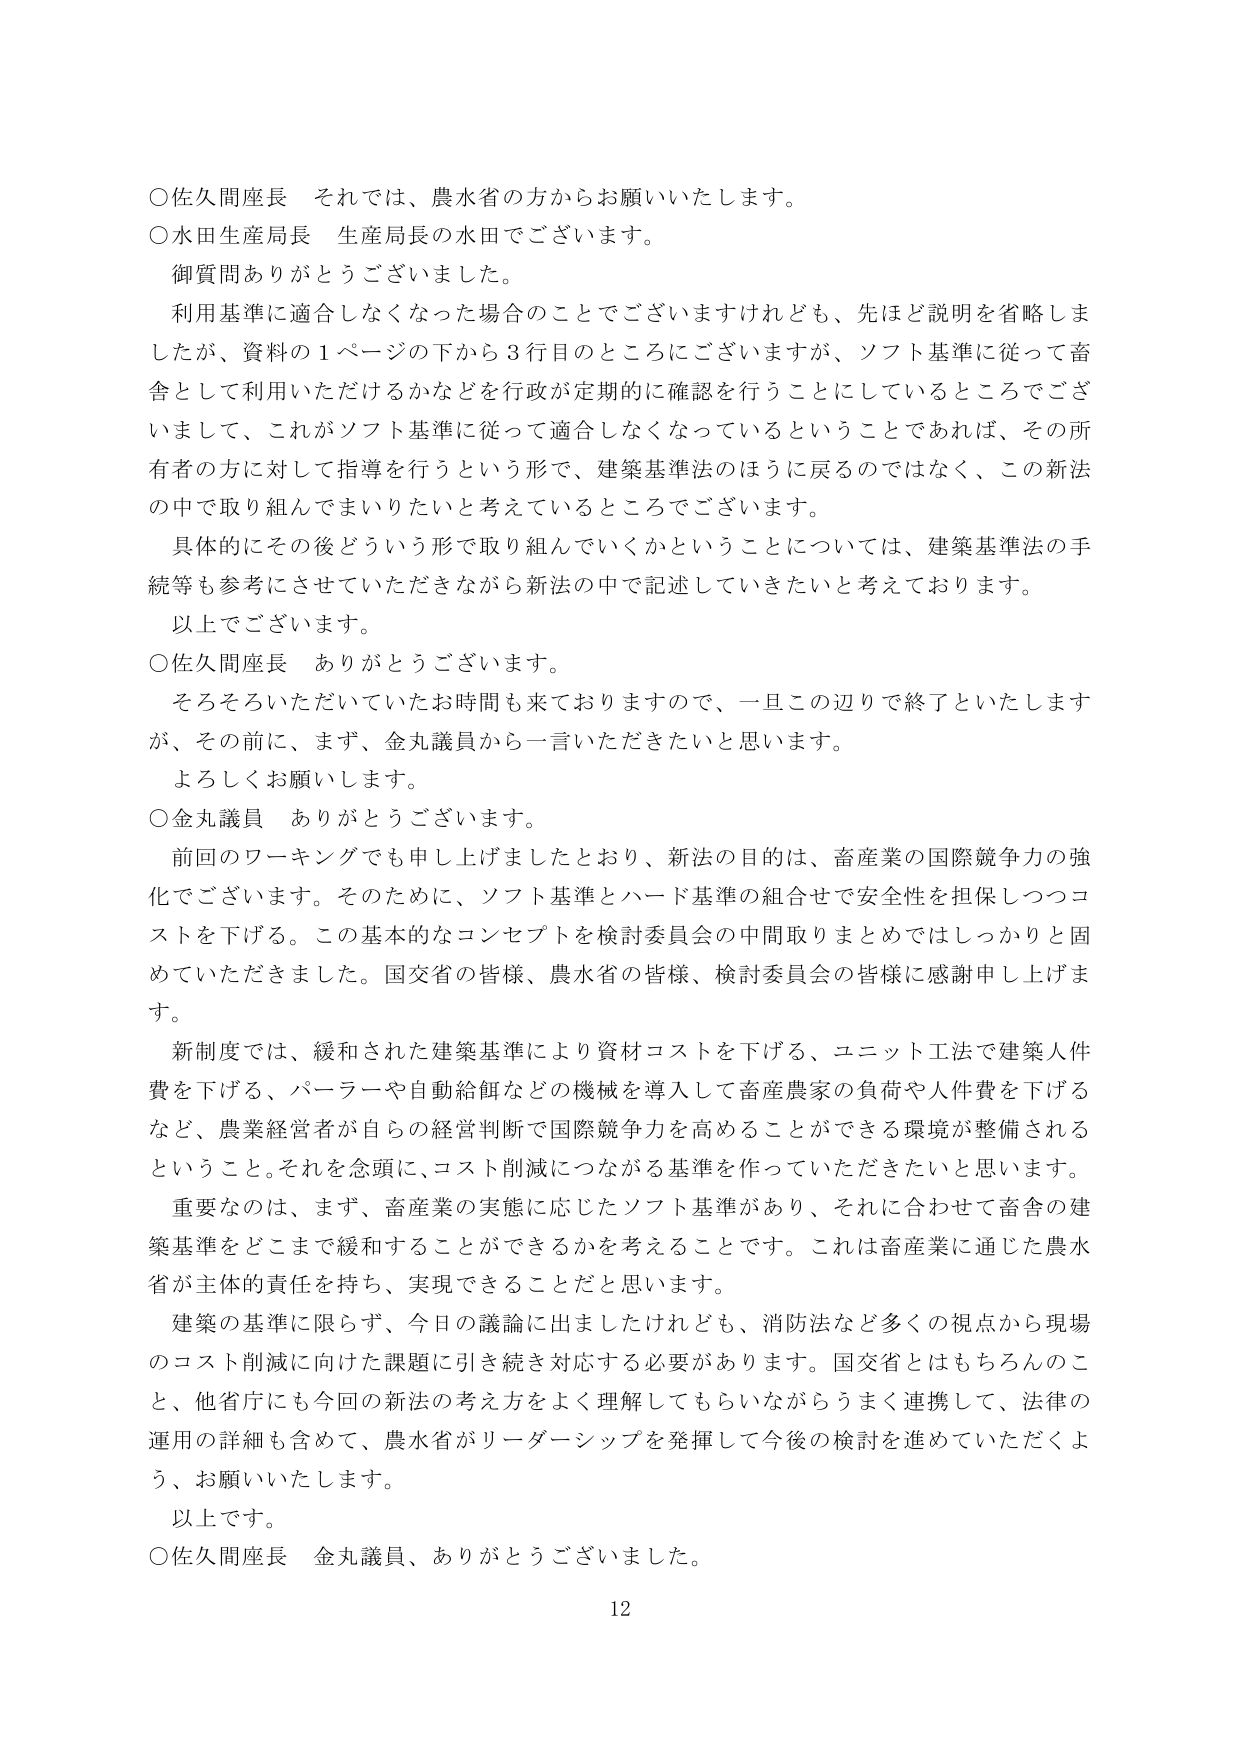
○佐久間座長　それでは、農水省の方からお願いいたします。
○水田生産局長　生産局長の水田でございます。
　御質問ありがとうございました。
　利用基準に適合しなくなった場合のこととでございますけれども、先ほど説明を省略しましたが、資料の１ページの下から３行目のところにございますが、ソフト基準に従って畜舎として利用いただけるかなどを行政が定期的に確認を行うことにしているところでございまして、これがソフト基準に従って適合しなくなっているということであれば、その所有者の方に対して指導を行うという形で、建築基準法のほうに戻るのではなく、この新法の中で取り組んでまいりたいと考えているところでございます。
　具体的にその後どういう形で取り組んでいくかということについては、建築基準法の手続等も参考にさせていただきながら新法の中で記述していきたいと考えております。
　以上でございます。
○佐久間座長　ありがとうございます。
　そろそろいただいていたお時間も来ておりますので、一旦この辺りで終了といたしますが、その前に、まず、金丸議員から一言いただきたいと思います。
　よろしくお願いします。
○金丸議員　ありがとうございます。
　前回のワーキングでも申し上げましたとおり、新法の目的は、畜産業の国際競争力の強化でございます。そのために、ソフト基準とハード基準の組合せで安全性を担保しつつコストを下げる。この基本的なコンセプトを検討委員会の中間取りまとめではしっかりと固めていただきました。国交省の皆様、農水省の皆様、検討委員会の皆様に感謝申し上げます。
　新制度では、緩和された建築基準により資材コストを下げる、ユニット工法で建築人件費を下げる、パララーや自動給餌などの機械を導入して畜産農家の負荷や人件費を下げるなど、農業経営者が自らの経営判断で国際競争力を高めることができる環境が整備されるということ。それを念頭に、コスト削減につながる基準を作っていただきたいと思います。
　重要なのは、まず、畜産業の実態に応じたソフト基準があり、それに合わせて畜舎の建築基準をどこまで緩和することができるかを考えることです。これは畜産業に通じた農水省が主体的責任を持ち、実現できることだと思います。
　建築の基準に限らず、今日の議論に出ましたけれども、消防法など多くの視点から現場のコスト削減に向けた課題に引き続き対応する必要があります。国交省とはもちろんのこと、他省庁にも今回の新法の考え方をよく理解してもらいながらうまく連携して、法律の運用の詳細も含めて、農水省がリーダーシップを発揮して今後の検討を進めていただくよう、お願いいたします。
　以上です。
○佐久間座長　金丸議員、ありがとうございました。
12